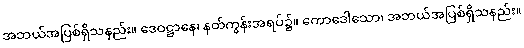
အဘယ်အပြစ်ရှိသနည်း။ ဒေဝဋ္ဌာနေ၊ နတ်ကွန်းအရပ်၌။ ကောဒေါသော၊ အဘယ်အပြစ်ရှိသနည်း။